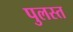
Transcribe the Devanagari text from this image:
पुलस्त